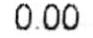
0.00